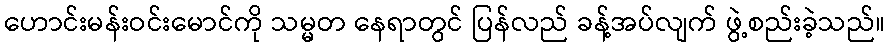
ဟောင်းမန်းဝင်းမောင်ကို သမ္မတ နေရာတွင် ပြန်လည် ခန့်အပ်လျက် ဖွဲ့စည်းခဲ့သည်။